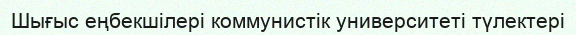
Шығыс еңбекшілері коммунистік университеті түлектері